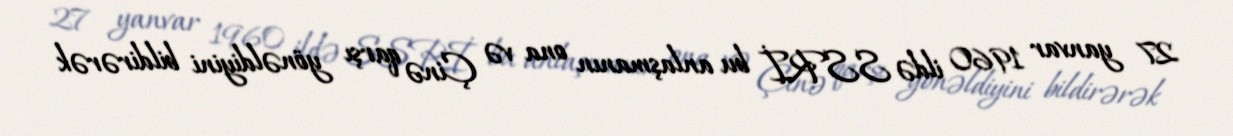
27 yanvar 1960 ildə SSRİ bu anlaşmanın ona və Çinə qarşı yönəldiyini bildirərək